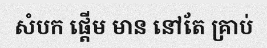
សំបក ផ្តើម មាន នៅតែ គ្រាប់